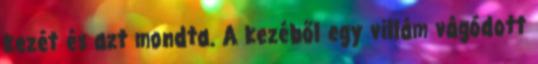
kezét és azt mondta. A kezéből egy villám vágódott